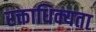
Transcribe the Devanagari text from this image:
रक्ताधिक्यता